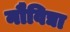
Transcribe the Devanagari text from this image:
नौविद्या